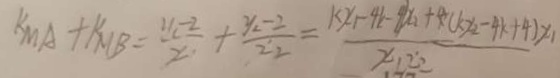
K M A + K M B = \frac { y - 2 } { x _ { 2 } } + \frac { y _ { 2 } - 2 } { x _ { 2 } } = \frac { k x _ { 1 } - 4 k - 4 x _ { 2 } + 4 ( k x _ { 2 } - 4 k + 4 ) x _ { 1 } } { x _ { 1 } x _ { 2 } }